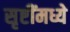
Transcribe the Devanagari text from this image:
सृष्टींमध्ये